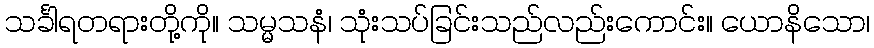
သင်္ခါရတရားတို့ကို။ သမ္မသနံ၊ သုံးသပ်ခြင်းသည်လည်းကောင်း။ ယောနိသော၊